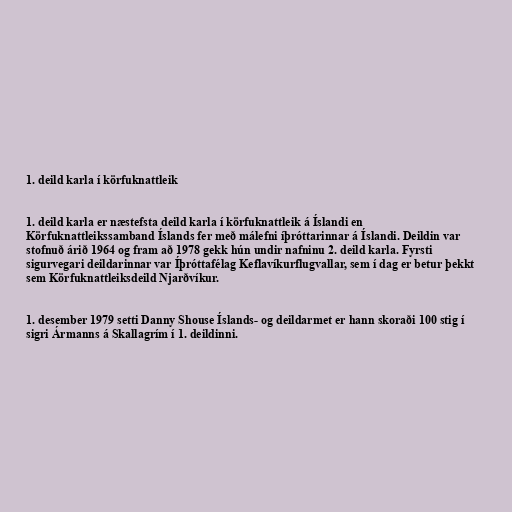
1. deild karla í körfuknattleik

1. deild karla er næstefsta deild karla í körfuknattleik á Íslandi en
Körfuknattleikssamband Íslands fer með málefni íþróttarinnar á Íslandi. Deildin var
stofnuð árið 1964 og fram að 1978 gekk hún undir nafninu 2. deild karla. Fyrsti
sigurvegari deildarinnar var Íþróttafélag Keflavíkurflugvallar, sem í dag er betur þekkt
sem Körfuknattleiksdeild Njarðvíkur.

1. desember 1979 setti Danny Shouse Íslands- og deildarmet er hann skoraði 100 stig í
sigri Ármanns á Skallagrím í 1. deildinni.